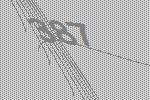
387